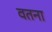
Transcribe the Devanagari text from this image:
वतना